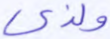
ولذي